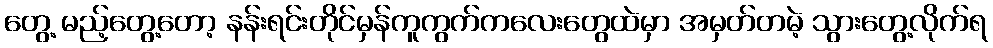
တွေ့ မည့်တွေ့တော့ နန်းရင်းတိုင်မှန်ကူကွက်ကလေးတွေထဲမှာ အမှတ်တမဲ့ သွားတွေ့လိုက်ရ